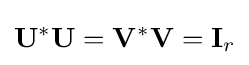
\mathbf {U} ^{*}\mathbf {U} =\mathbf {V} ^{*}\mathbf {V} =\mathbf {I} _{r}